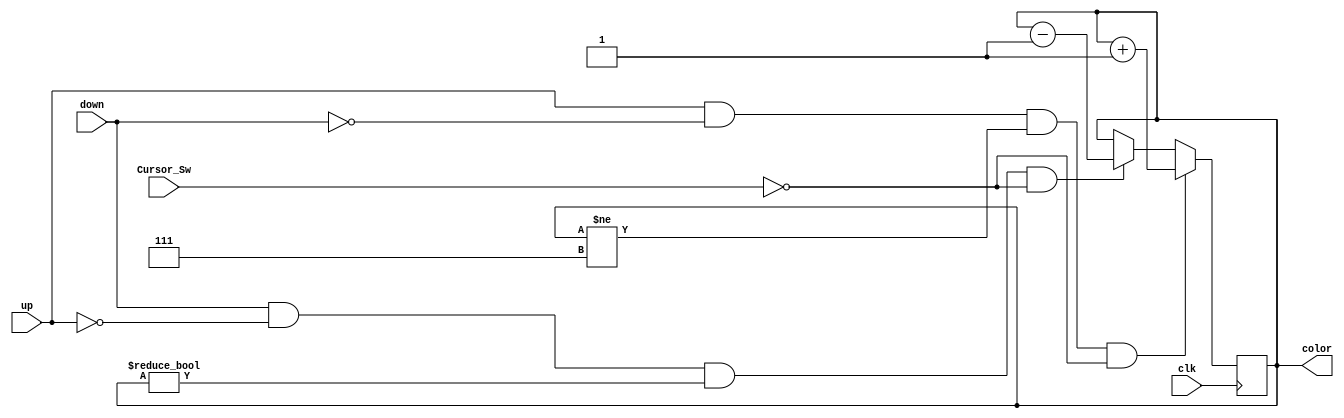
`timescale 1ns / 1ps
//////////////////////////////////////////////////////////////////////////////////
// Company: 
// Engineer: 
// 
// Design Name: 
// Module Name: Color_Select
// Project Name: 
// Target Devices: 
// Tool Versions: 
// Description: 
// 
// Dependencies: 
// 
// Revision:
// Revision 0.01 - File Created
// Additional Comments:
// 
//////////////////////////////////////////////////////////////////////////////////


module Color_Select(
    input clk, 
    input up,
    input down,
    input Cursor_Sw,
    
    output reg [2:0] color = 4
    );
    
    always @ (posedge clk)
    begin
    if (up & ~down & (color != 3'b111) & ~Cursor_Sw)
        color = color + 1;
    else if (down & ~up & (color != 3'b000) & ~Cursor_Sw)
        color = color - 1;
    end
    
endmodule